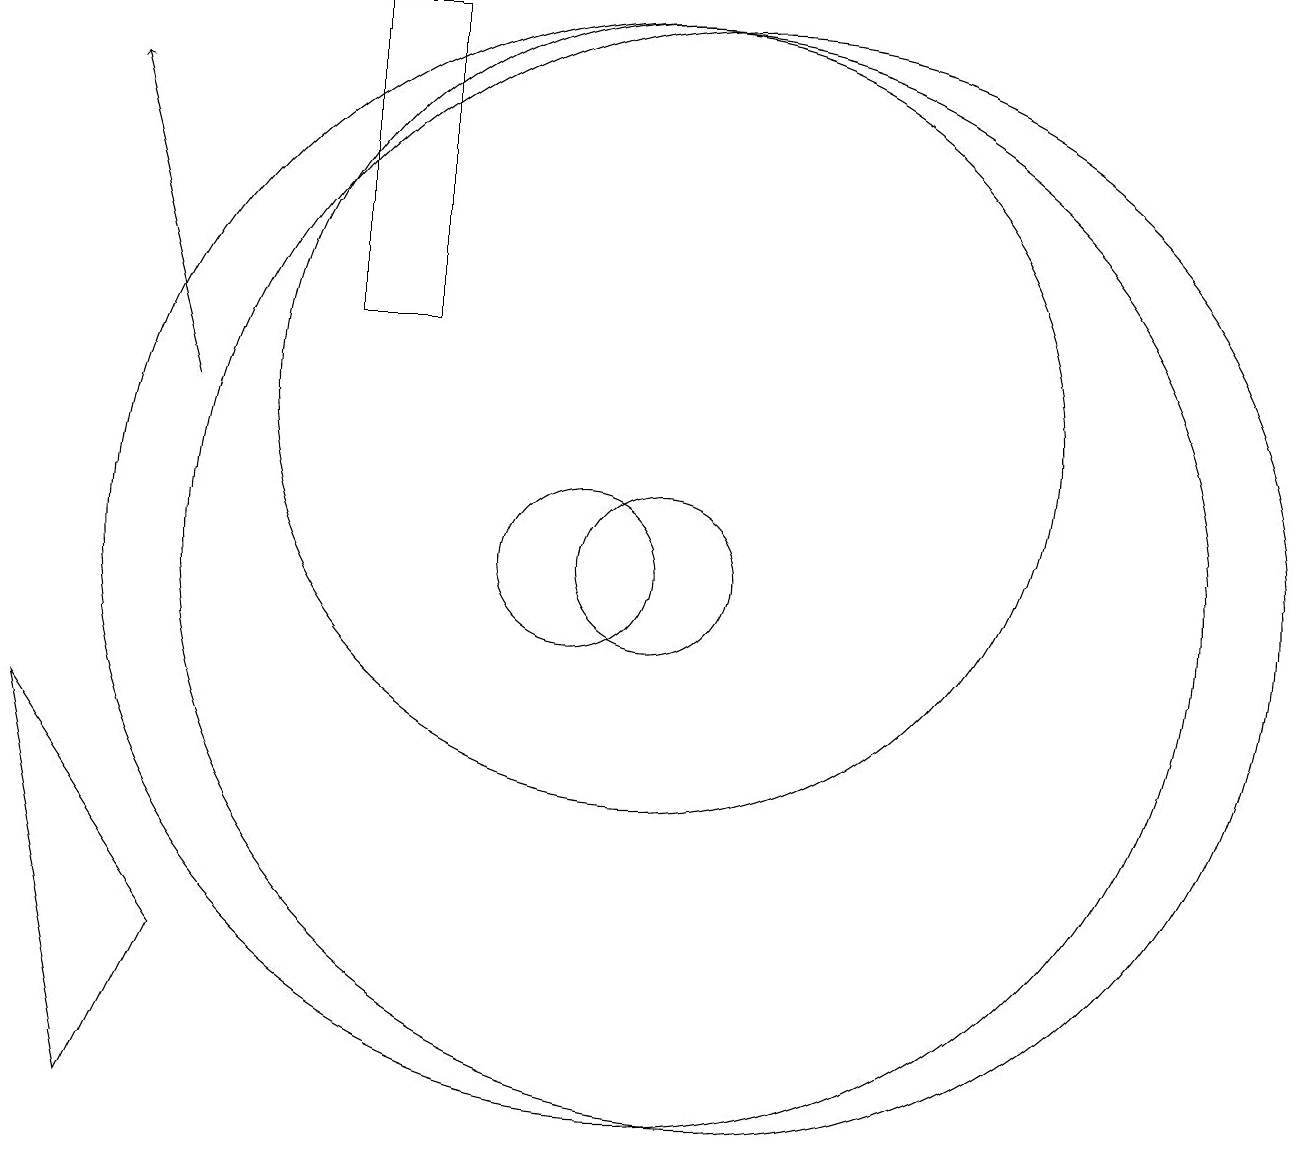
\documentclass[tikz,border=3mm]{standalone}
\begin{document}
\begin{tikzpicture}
\draw (12,10) circle (7);
\draw (8,13) rectangle (7,17);
\draw (10,10) circle (1);
\draw (11,12) circle (5);
\draw (11,10) circle (1);
\draw[->] (5,12) -- (4,16);
\draw (3,8) -- (4,3) -- (5,5) -- cycle;
\draw (11,10) circle (7);
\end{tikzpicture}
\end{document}